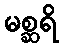
မစ္ဆရိ